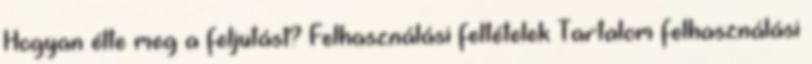
Hogyan élte meg a feljutást? Felhasználási feltételek Tartalom felhasználási